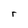
Character: r